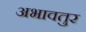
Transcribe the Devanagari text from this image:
अभावतुर